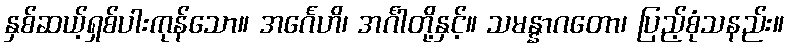
နှစ်ဆယ့်ရှစ်ပါးကုန်သော။ အင်္ဂေဟိ၊ အင်္ဂါတို့နှင့်။ သမန္နာဂတော၊ ပြည့်စုံသနည်း။